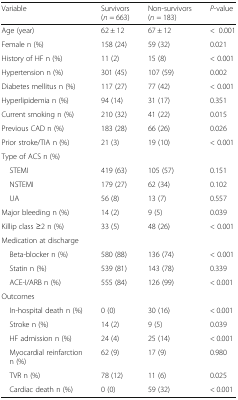
| Variable | Survivors (n = 663) | Non-survivors (n = 183) | P-value |
 | --- | --- | --- | --- |
 | Age (year) | 62 ± 12 | 67 ± 12 | <0.001 |
 | Female n (%) | 158 (24) | 59 (32) | 0.021 |
 | History of HF n (%) | 11 (2) | 15 (8) | < 0.001 |
 | Hypertension n (%) | 301 (45) | 107 (59) | 0.002 |
 | Diabetes mellitus n (%) | 117 (27) | 77 (42) | < 0.001 |
 | Hyperlipidemia n (%) | 94 (14) | 31 (17) | 0.351 |
 | Current smoking n (%) | 210 (32) | 41 (22) | 0.015 |
 | Previous CAD n (%) | 183 (28) | 66 (26) | 0.026 |
 | Prior stroke/TIA n (%) | 21 (3) | 19 (10) | < 0.001 |
 | <COLSPAN=4> Type of ACS n (%) |
 | STEMI | 419 (63) | 105 (57) | 0.151 |
 | NSTEMI | 179 (27) | 62 (34) | 0.102 |
 | UA | 56 (8) | 13 (7) | 0.557 |
 | Major bleeding n (%) | 14 (2) | 9 (5) | 0.039 |
 | Killip class ≥2 n (%) | 33 (5) | 48 (26) | < 0.001 |
 | <COLSPAN=4> Medication at discharge |
 | Beta-blocker n (%) | 580 (88) | 136 (74) | < 0.001 |
 | Statin n (%) | 539 (81) | 143 (78) | 0.339 |
 | ACE-I/ARB n (%) | 555 (84) | 126 (99) | < 0.001 |
 | <COLSPAN=4> Outcomes |
 | In-hospital death n (%) | 0 (0) | 30 (16) | < 0.001 |
 | Stroke n (%) | 14 (2) | 9 (5) | 0.039 |
 | HF admission n (%) | 24 (4) | 25 (14) | < 0.001 |
 | Myocardial reinfarction n (%) | 62 (9) | 17 (9) | 0.980 |
 | TVR n (%) | 78 (12) | 11 (6) | 0.025 |
 | Cardiac death n (%) | 0 (0) | 59 (32) | < 0.001 |